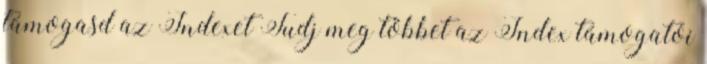
támogasd az Indexet Tudj meg többet az Index támogatói